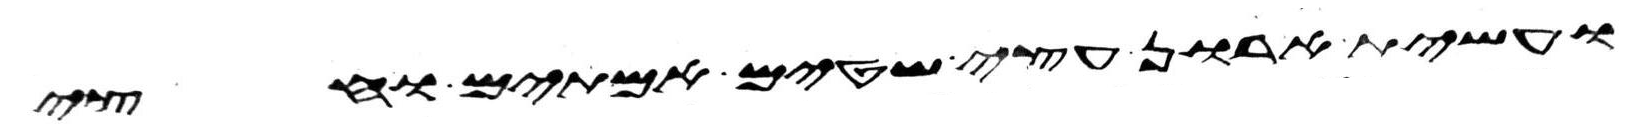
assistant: ועשית ארון עצי שטים אמתים וחצי